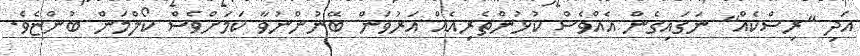
އަދި "ރިސްކެއް" ނަގައިގެން އެއްވެސް ކުޅުންތެރިއެއް އަރުވަން ބޭނުންނުވާ ކަމަށްވެސް ކޯލްމަން ބުންޏެވެ.